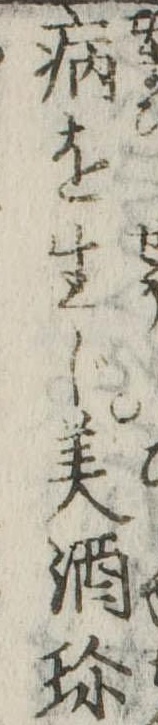
病を生じ美酒珍